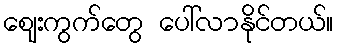
ဈေးကွက်တွေ ပေါ်လာနိုင်တယ်။